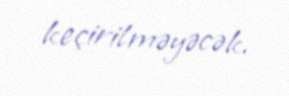
keçirilməyəcək.